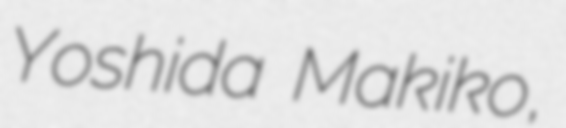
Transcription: Yoshida Makiko,